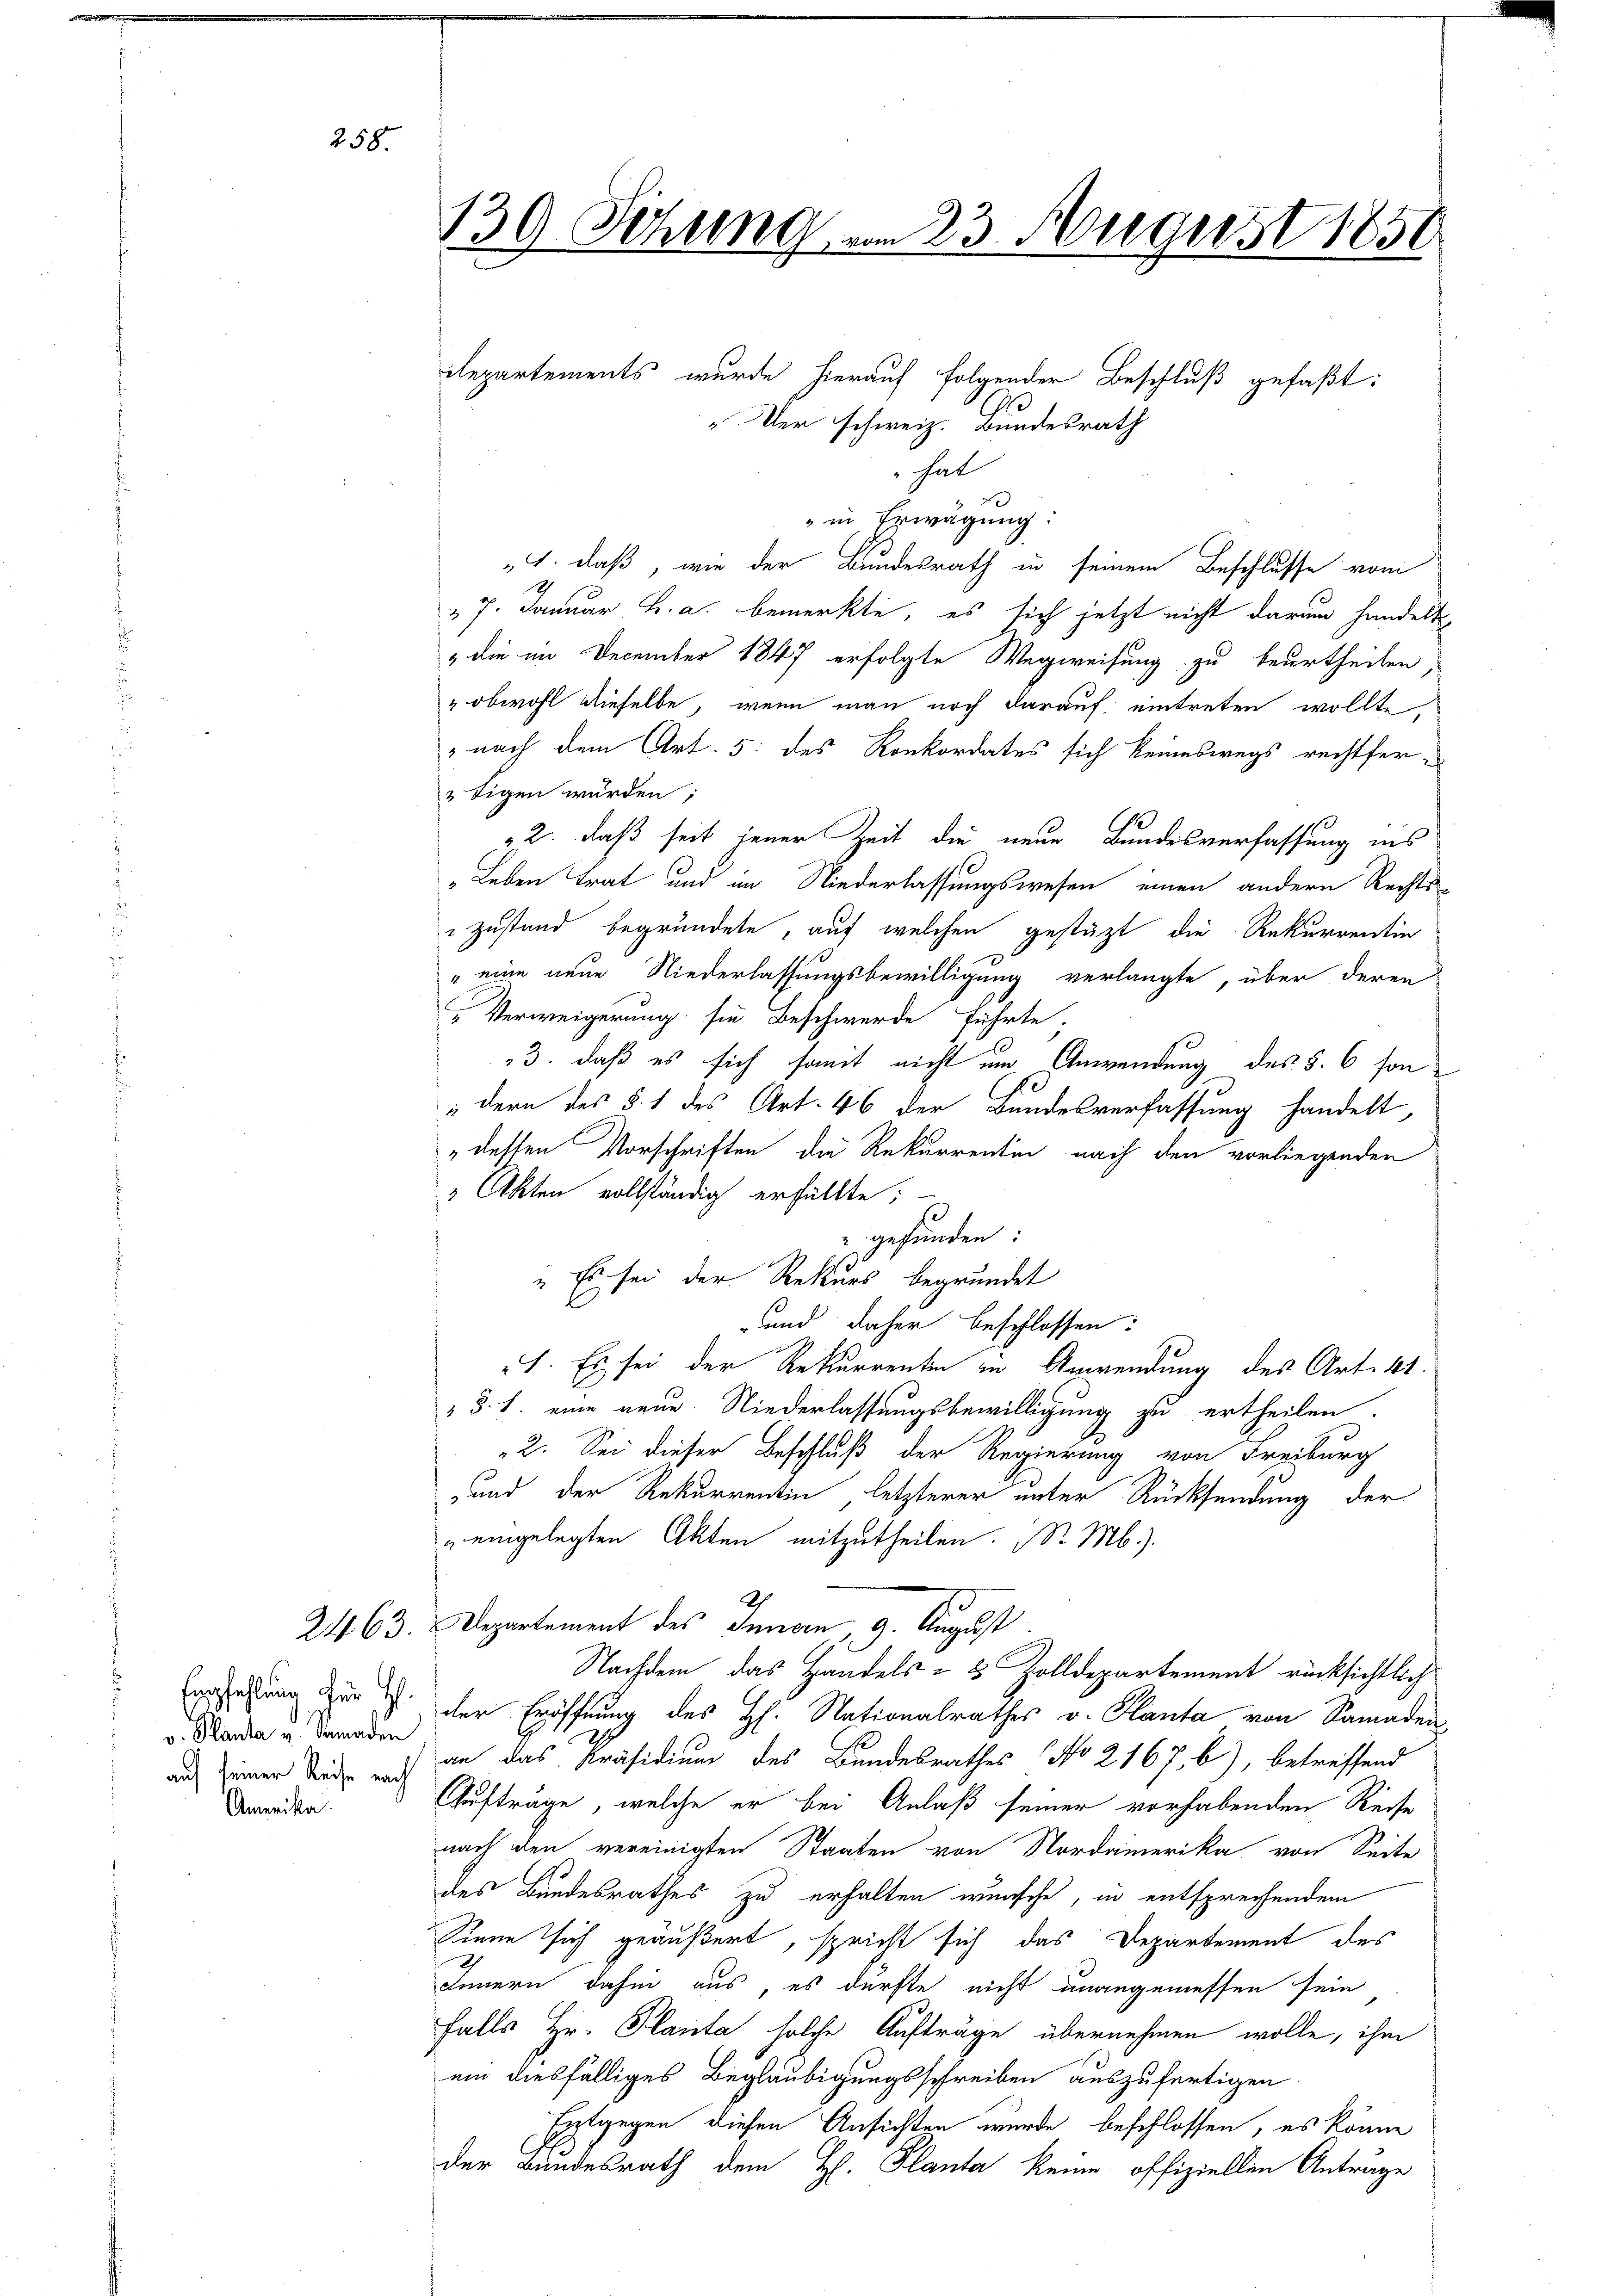
258.

v. Planta u. Remaden
Amerika

130. Sitzung am 23. August 1850

departements wurde hierauf folgender Beschluß gefaßt:
"Der schweiz. Bundesrath
hat
" in Erwägung:
1. daß, wie der Bundesrath in seinem Beschlusse vom
27. Januar B. a. bemerkte, es sich jetzt nicht darum handelt
" die im December 1847 erfolgte Wegweisung zu beurtheilen,
" obwohl dieselbe, wenn man noch darauf eintreten wollte,
nach dem Art. 5: des Konkordates sich keineswegs rechtfer¬
" Eigen würden;
22. daß seit jener Zeit die neue Bundesverfassung ins
„Leben trat und im Niederlassungswesen einen andern Rechts-
zustand begründete, auf welchen gestützt die Rekurrentin
" eine neue Niederlassungsbewilligung verlangte, über deren
Verweigerung sie Beschwerde führte,
3. daß es sich somit nicht um Anwendung des §. 6 son¬
"dern des §. 1 des Art. 46 der Bundesverfassung handelt,
„dessen Vorschriften die Rekurrentin nach den vorliegenden
2 Akten vollständig erfüllte;
gefunden:
" Es sei der Rekurs begründet
und daher beschlossen:
I. Es sei der Rekurrenten in Anwendung des Art. 41.
 §. 1. eine neue Niederlassungsbewilligung zu ertheilen.
2. Sei dieser Beschluß der Regierung von Freiburg
-und der Rekurrentin letzterer unter Rücksendung der
" eingelegten Akten mitzutheilen. Dr. M.).
Ih
2463. Departement des Innern, 9. August.
Nachdem das Handels- & Zolldepartement rücksichtlich
Erfahrung zur d. der Eröffnung des H. Nationalrathes v. Planta von Samaden
auh seiner Tod an das Präsidium des Bundesrathes No 2167. b), betreffend
Aufträge, welche er bei Anlaß seiner vorhabenden Reise
nach den vereinigten Staaten von Nordamerika von Seite
des Bundesrathes zu erhalten wünsche, in entsprechendem
Sinne sich geäußert, spricht sich das Departement des
Innern dahin aus, es dürfte nicht unangemessen sein
falls Hr. Planta solche Aufträge übernehmen wolle, ihm
ein diesfälliges Beglaubigungsschreiben auszufertigen.
Entgegen diesen Ansichten wurde beschlossen, es könne
der Bundesrath dem H. Planta keine offiziellen Anträge